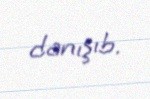
danışıb.